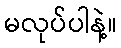
မလုပ်ပါနဲ့။